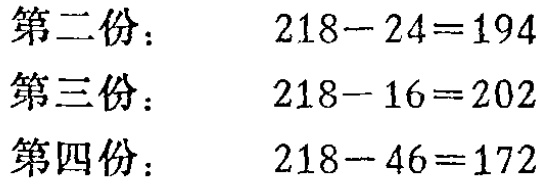
第二份： \(218 - 24 = 194\)
第三份： \(218 - 16 = 202\)
第四份： \(218 - 46 = 172\)